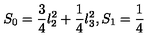
S _ { 0 } = \frac { 3 } { 4 } l _ { 2 } ^ { 2 } + \frac { 1 } { 4 } l _ { 3 } ^ { 2 } , S _ { 1 } = \frac { 1 } { 4 }